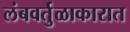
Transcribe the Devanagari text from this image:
लंबवर्तुळाकारात